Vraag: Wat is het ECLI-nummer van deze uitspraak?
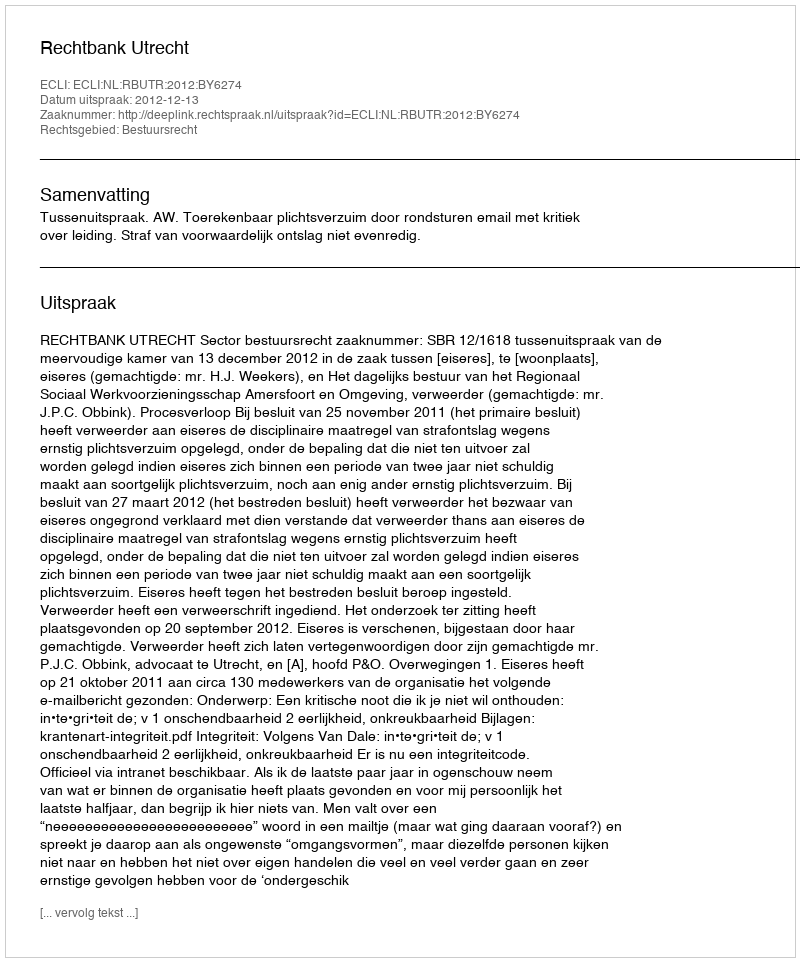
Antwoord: ECLI:NL:RBUTR:2012:BY6274